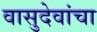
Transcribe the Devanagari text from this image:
वासुदेवांचा